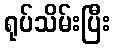
ရုပ်သိမ်းပြီး